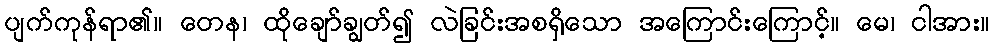
ပျက်ကုန်ရာ၏။ တေန၊ ထိုချော်ချွတ်၍ လဲခြင်းအစရှိသော အကြောင်းကြောင့်။ မေ၊ ငါအား။